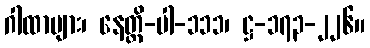
ဂါထာများ၊ နေတ္တိ-ပါ-၁၁၁၊ ဋ္ဌ-၁၇၃-၂၂၆။